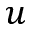
\boldsymbol { u }